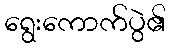
ရွေးကောက်ပွဲ၏